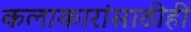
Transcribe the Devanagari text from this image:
कलाकारांसाठीही